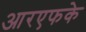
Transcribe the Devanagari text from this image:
आरएफके